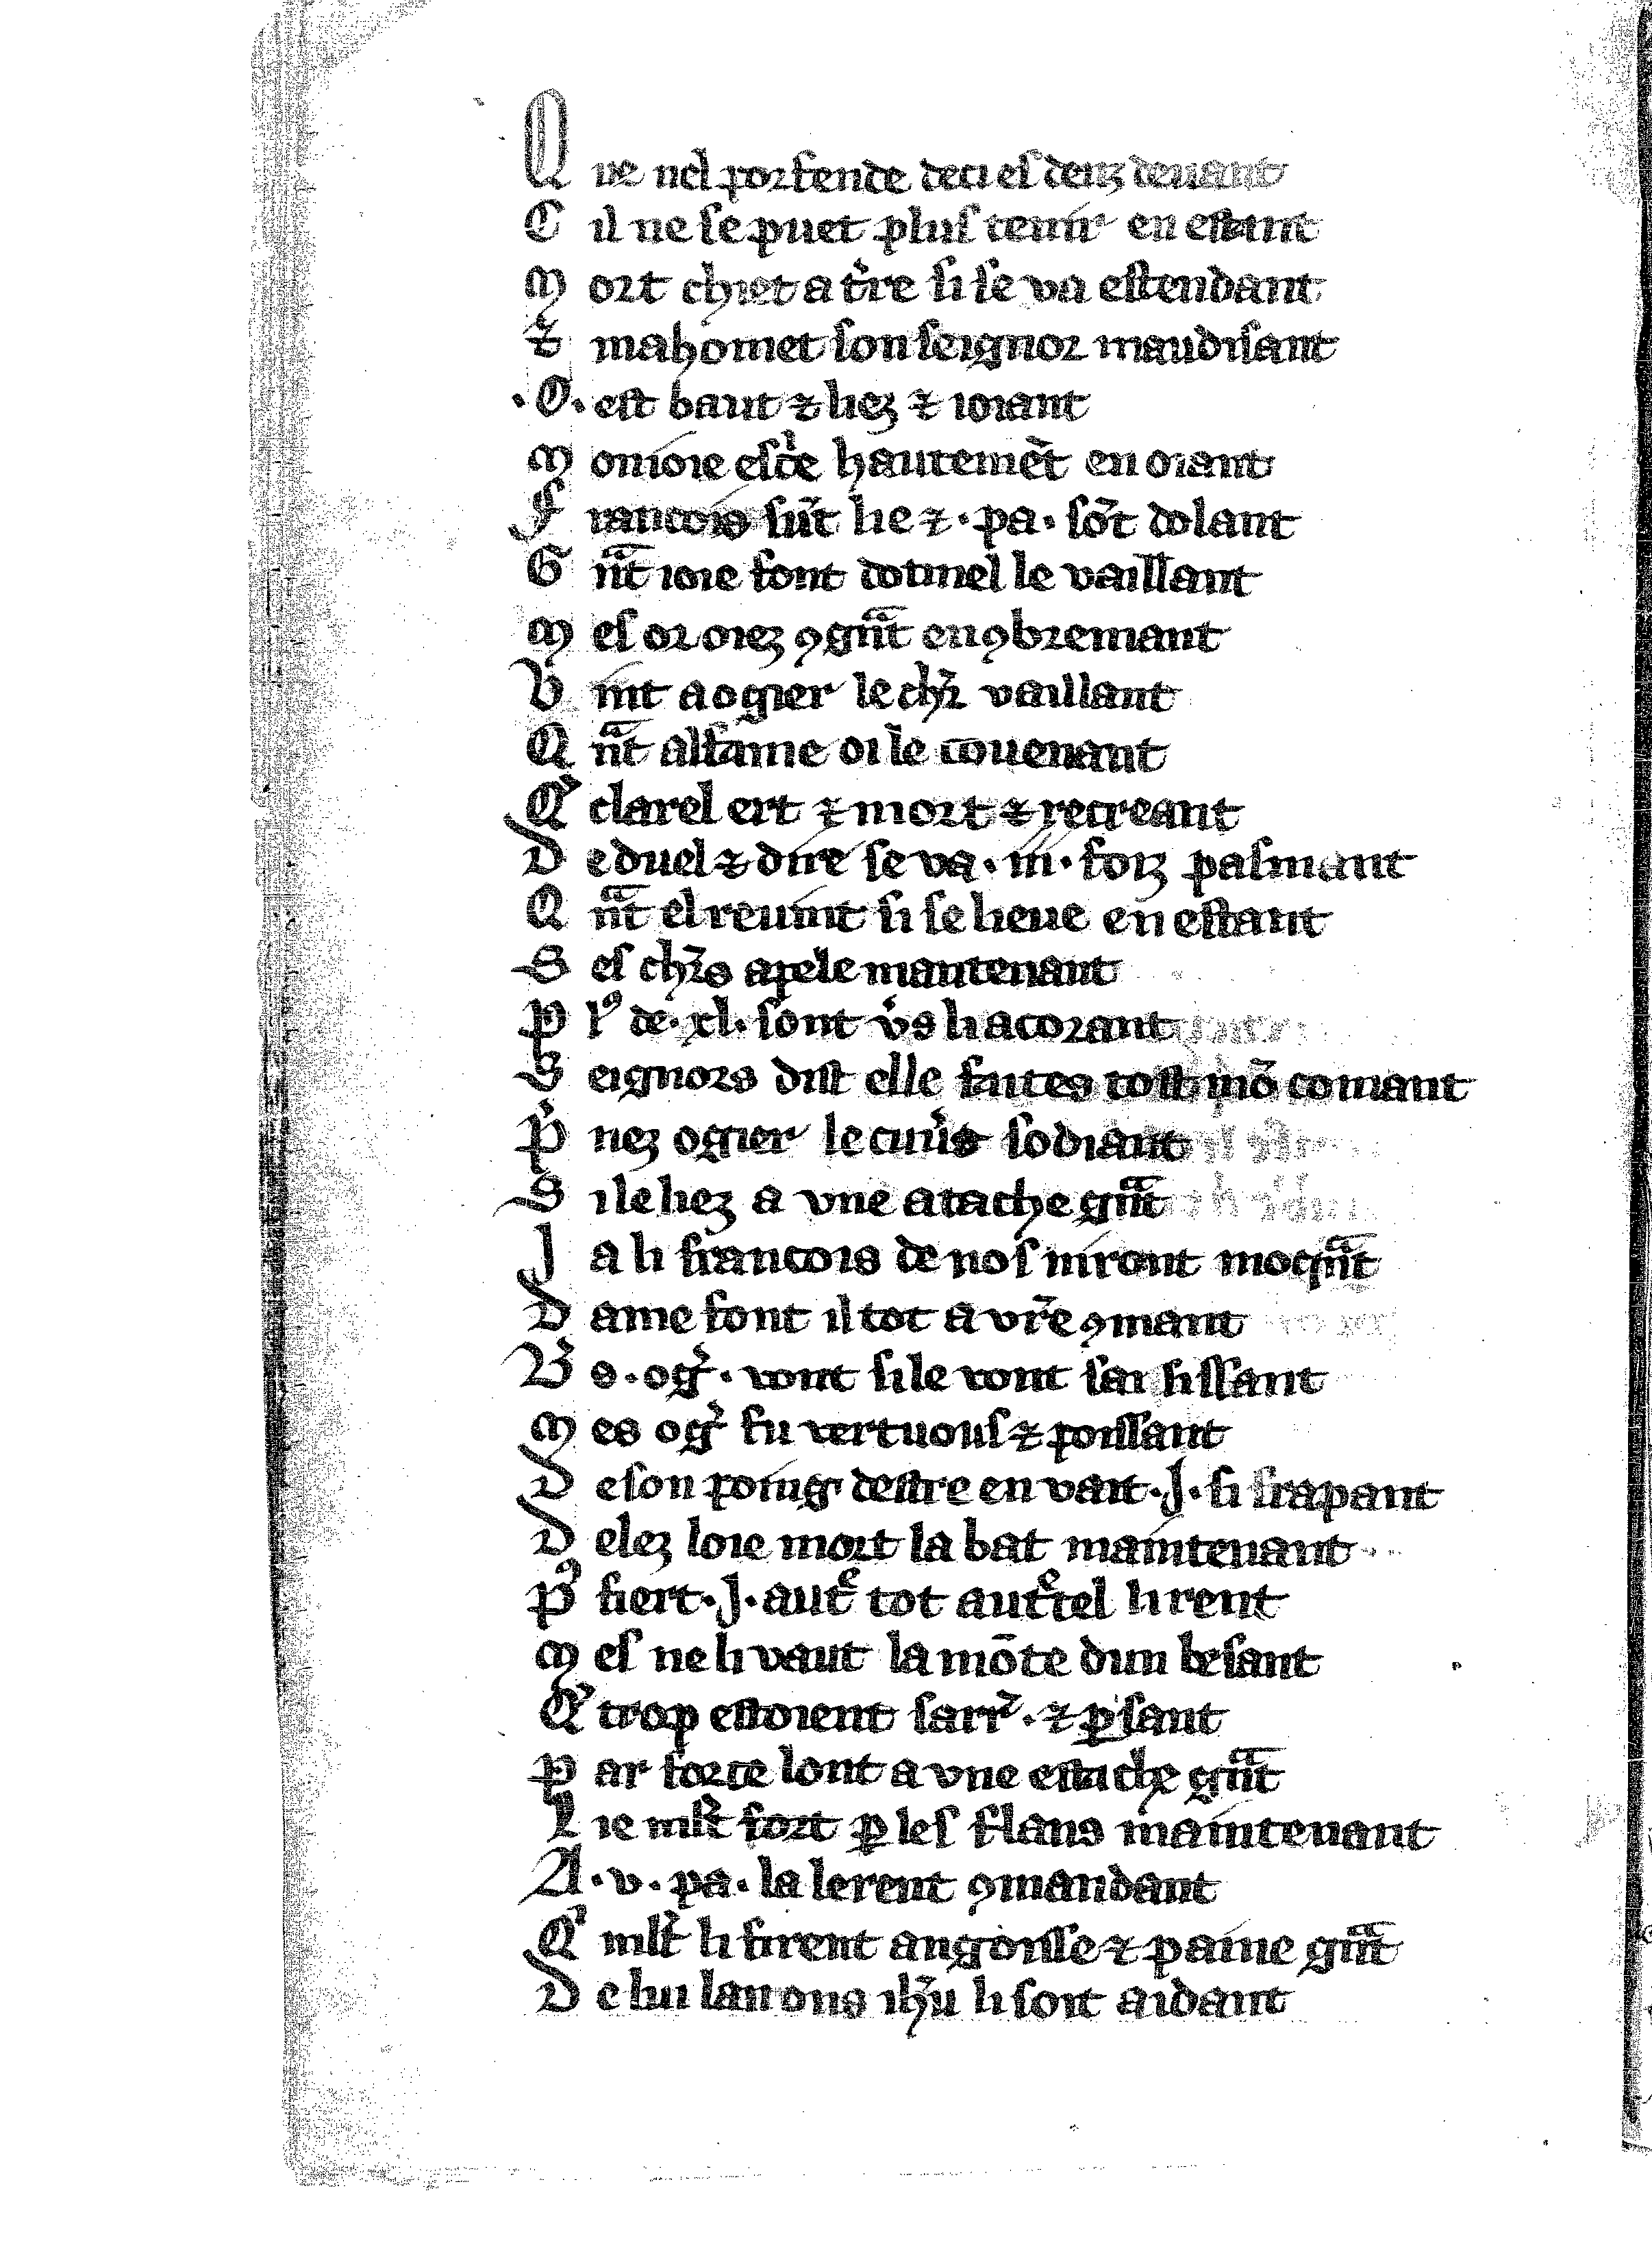
Shelfmark: Vatican, Biblioteca apostolica vaticana, Reg.lat. 1616
Century: 14